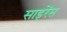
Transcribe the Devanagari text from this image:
साइरेंस